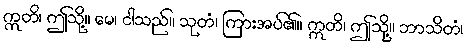
ဣတိ၊ ဤသို့။ မေ၊ ငါသည်။ သုတံ၊ ကြားအပ်၏။ ဣတိ၊ ဤသို့။ ဘာသိတံ၊